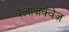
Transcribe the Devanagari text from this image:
वेलाज़क्वेज़